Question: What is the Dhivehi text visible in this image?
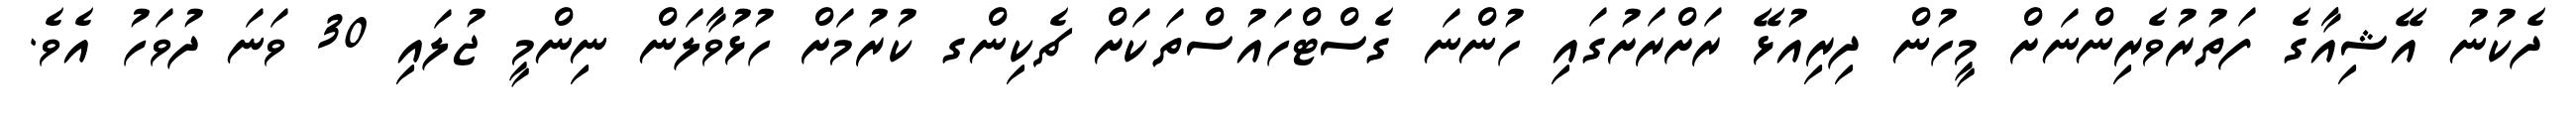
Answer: ދެކުނު އޭޝިއާގެ ފަތުރުވެރިންނަށް މީހުން ދިރިއުޅޭ ރަށްރަށުގައި ހުންނަ ގެސްޓްހައުސްތަކަށް ޗެކިންގ ކުރުމަށް ހުޅުވާލަން ނިންމީ ޖުލައި 30 ވަނަ ދުވަހު އެވެ.